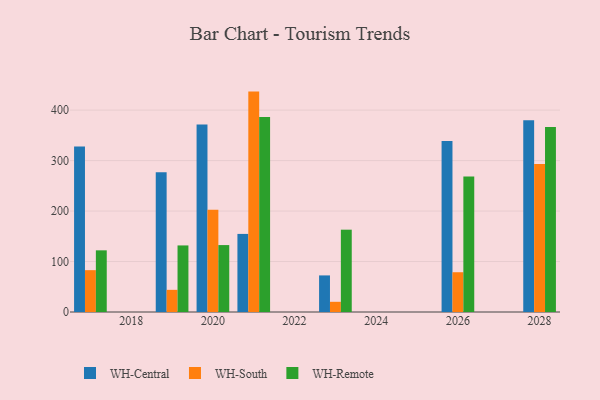
{"axis": {"x": "Year", "y": "Market Share (%)"}, "legend": ["WH-Central", "WH-Remote", "WH-South"], "data": [{"x": "2023", "y": 72.5, "type": "WH-Central"}, {"x": "2023", "y": 20.2, "type": "WH-South"}, {"x": "2023", "y": 163.1, "type": "WH-Remote"}, {"x": "2021", "y": 154.7, "type": "WH-Central"}, {"x": "2021", "y": 436.7, "type": "WH-South"}, {"x": "2021", "y": 386.5, "type": "WH-Remote"}, {"x": "2028", "y": 379.7, "type": "WH-Central"}, {"x": "2028", "y": 293.1, "type": "WH-South"}, {"x": "2028", "y": 366.5, "type": "WH-Remote"}, {"x": "2026", "y": 338.8, "type": "WH-Central"}, {"x": "2026", "y": 78.8, "type": "WH-South"}, {"x": "2026", "y": 268.3, "type": "WH-Remote"}, {"x": "2017", "y": 327.8, "type": "WH-Central"}, {"x": "2017", "y": 82.9, "type": "WH-South"}, {"x": "2017", "y": 122.2, "type": "WH-Remote"}, {"x": "2019", "y": 276.7, "type": "WH-Central"}, {"x": "2019", "y": 43.9, "type": "WH-South"}, {"x": "2019", "y": 131.9, "type": "WH-Remote"}, {"x": "2020", "y": 371.7, "type": "WH-Central"}, {"x": "2020", "y": 202.4, "type": "WH-South"}, {"x": "2020", "y": 132.6, "type": "WH-Remote"}]}